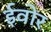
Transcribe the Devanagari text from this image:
ईवोर